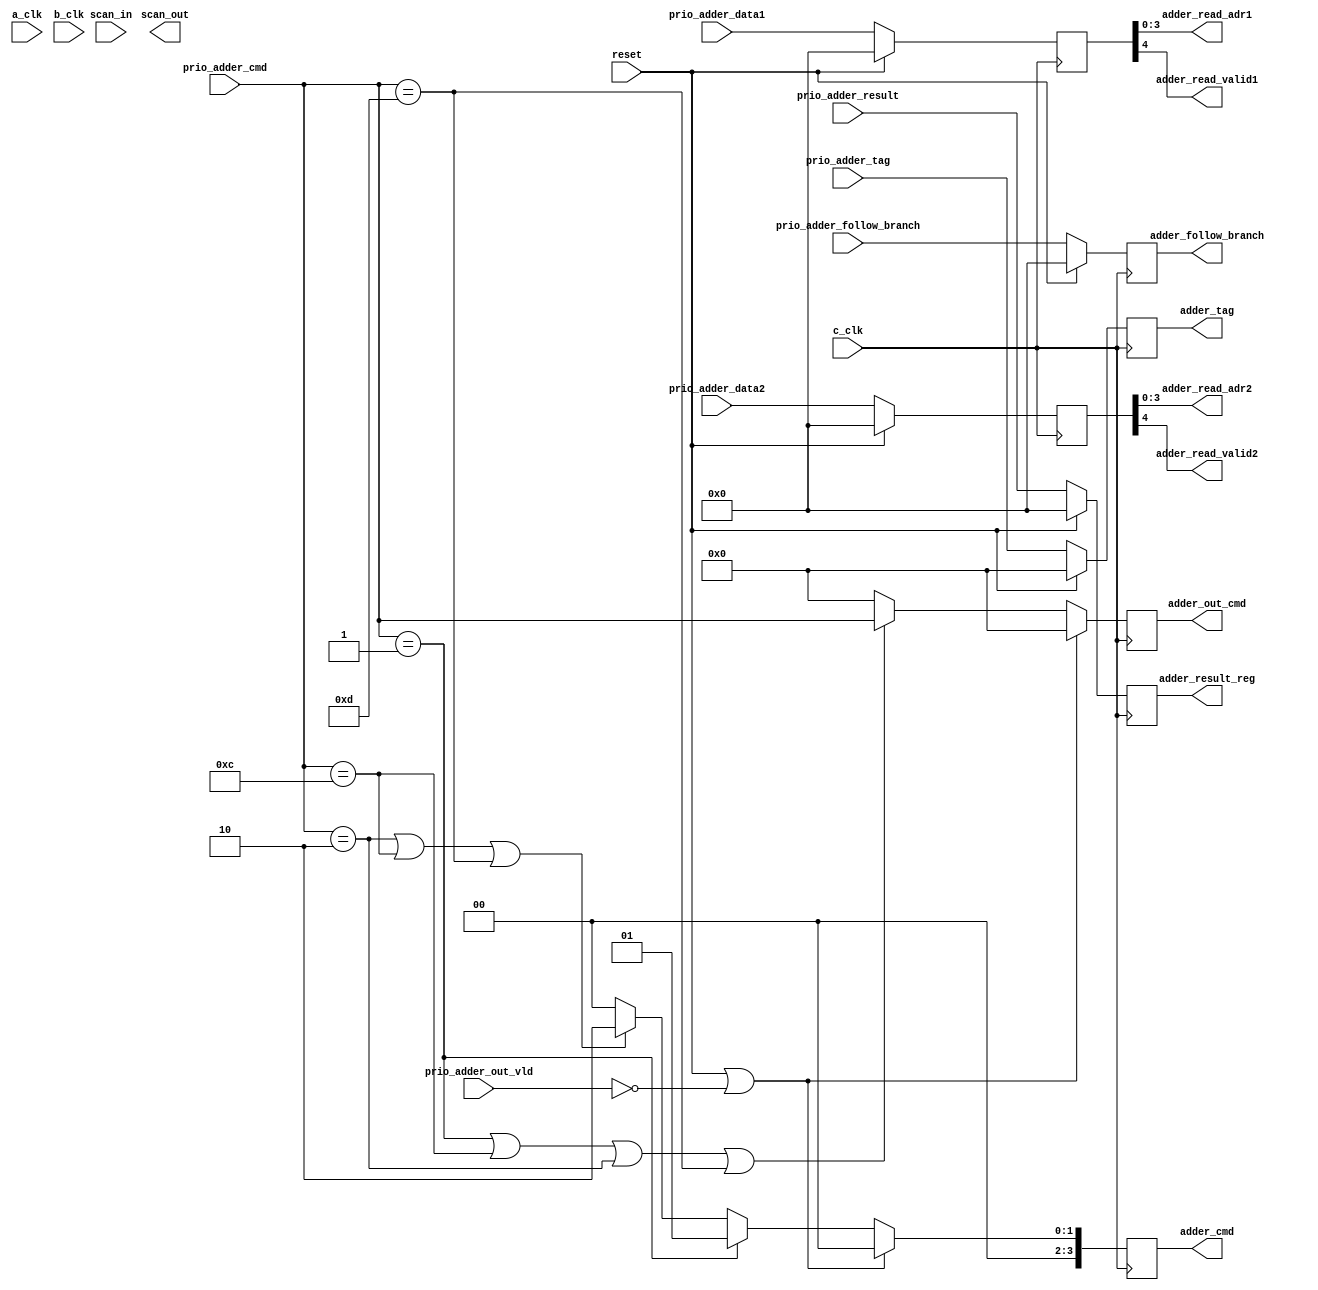
// Library:  calc3
// Module:  Adder Input Stage

module adder_input_stage( adder_cmd, adder_follow_branch, adder_out_cmd, adder_read_adr1, adder_read_adr2, adder_read_valid1, adder_read_valid2, adder_result_reg, adder_tag, scan_out, a_clk, b_clk, c_clk, prio_adder_cmd, prio_adder_data1, prio_adder_data2, prio_adder_follow_branch, prio_adder_out_vld, prio_adder_result, prio_adder_tag, reset, scan_in);

   output [0:3] adder_cmd, adder_out_cmd, adder_read_adr1, adder_read_adr2, adder_tag;

   input [0:3] prio_adder_cmd, prio_adder_tag;

   output [0:4] adder_follow_branch, adder_result_reg;

   input [0:4] 	prio_adder_data1, prio_adder_data2, prio_adder_follow_branch, prio_adder_result;

   output 	adder_read_valid1, adder_read_valid2, scan_out;

   input 	a_clk, b_clk, c_clk, prio_adder_out_vld, reset, scan_in;

   reg 		valid;
   reg [0:3] 	cmd, out_cmd, tag;
   reg [0:4] 	d1, d2, follow_branch, result;

   always
     @ (negedge c_clk) begin

	// latch dispatched command into registers
	cmd <= (reset || ~prio_adder_out_vld) ? 
	       4'b0 :
	       (prio_adder_cmd == 4'b0001) ? 
	       4'b0001 :
	       ((prio_adder_cmd == 4'b0010)  || 
		(prio_adder_cmd == 4'b1100) || 
		(prio_adder_cmd == 4'b1101)) ? 
	       4'b0010 :
	       4'b0;

	out_cmd <= (reset || ~prio_adder_out_vld) ? 4'b0 :
		   ((prio_adder_cmd == 4'b0001) || 
		    (prio_adder_cmd == 4'b1100) || 
		    (prio_adder_cmd == 4'b0010) || 
		    (prio_adder_cmd == 4'b1101)) ? 
		   prio_adder_cmd :
		   4'b0;

	d1 <= (reset) ? 5'b0 : prio_adder_data1;
	d2 <= (reset) ? 5'b0 : prio_adder_data2;
	follow_branch <= (reset) ? 5'b0 : prio_adder_follow_branch;
	valid <= (reset) ? 1'b0 : prio_adder_out_vld;
	result <= (reset) ? 5'b0 : prio_adder_result;
	tag <= (reset) ? 4'b0 : prio_adder_tag;

     end // always @ (negedge c_clk)

   assign adder_follow_branch = follow_branch[0:4];
   assign adder_read_adr1 = d1[1:4];
   assign adder_read_adr2 = d2[1:4];
   assign adder_read_valid1 = d1[0];
   assign adder_read_valid2 = d2[0];
   assign adder_result_reg = result[0:4];
   assign adder_tag = tag[0:3];
   assign adder_cmd = cmd[0:3];
   assign adder_out_cmd = out_cmd[0:3];
   

endmodule // adder_input_stage